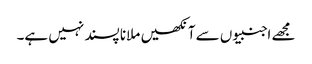
مجھے اجنبیوں سے آنکھیں ملانا پسند نہیں ہے۔